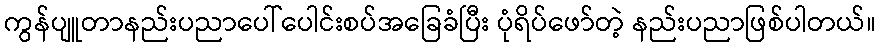
ကွန်ပျူတာနည်းပညာပေါ်ပေါင်းစပ်အခြေခံပြီး ပုံရိပ်ဖော်တဲ့ နည်းပညာဖြစ်ပါတယ်။